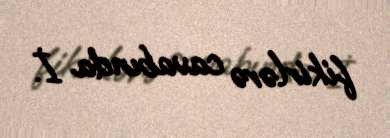
fikirlərə cavabında İ.